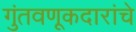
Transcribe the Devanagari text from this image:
गुंतवणूकदारांचे